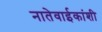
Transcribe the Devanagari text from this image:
नातेवाईकांशी